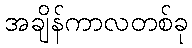
အချိန်ကာလတစ်ခု